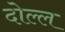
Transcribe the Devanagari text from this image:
दोल्ल